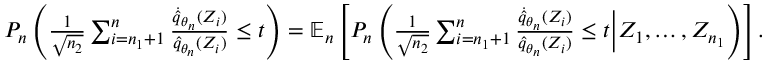
\begin{array} { r } { P _ { n } \left( \frac { 1 } { \sqrt { n _ { 2 } } } \sum _ { i = n _ { 1 } + 1 } ^ { n } \frac { \dot { \hat { q } } _ { \theta _ { n } } ( Z _ { i } ) } { \hat { q } _ { \theta _ { n } } ( Z _ { i } ) } \le t \right) = { \mathbb E } _ { n } \left[ P _ { n } \left( \frac { 1 } { \sqrt { n _ { 2 } } } \sum _ { i = n _ { 1 } + 1 } ^ { n } \frac { \dot { \hat { q } } _ { \theta _ { n } } ( Z _ { i } ) } { \hat { q } _ { \theta _ { n } } ( Z _ { i } ) } \le t \Big | Z _ { 1 } , \dots , Z _ { n _ { 1 } } \right) \right] . } \end{array}